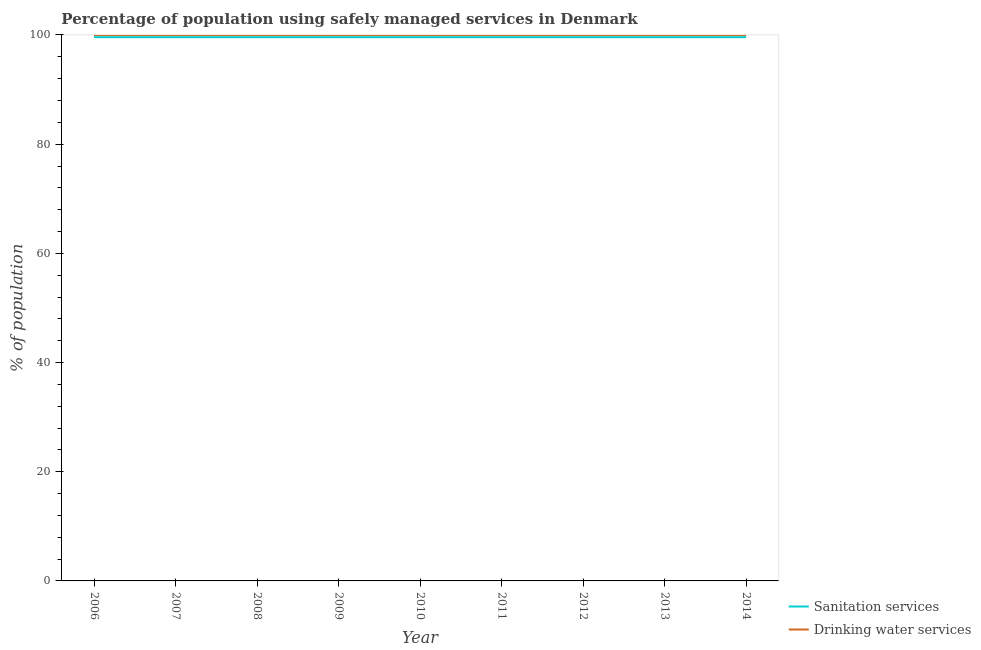
| Year | Sanitation services | Drinking water services |
 | --- | --- | --- |
 | 2006 | 99.6 | 100 |
 | 2007 | 99.6 | 100 |
 | 2008 | 99.6 | 100 |
 | 2009 | 99.6 | 100 |
 | 2010 | 99.6 | 100 |
 | 2011 | 99.6 | 100 |
 | 2012 | 99.6 | 100 |
 | 2013 | 99.6 | 100 |
 | 2014 | 99.6 | 100 |